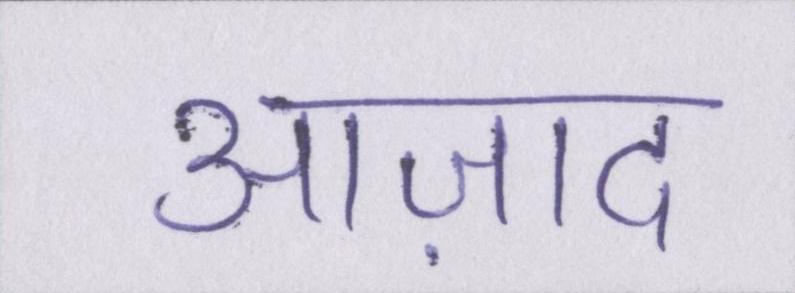
आज़ाद